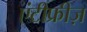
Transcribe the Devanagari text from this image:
एंटीफ्रीज़